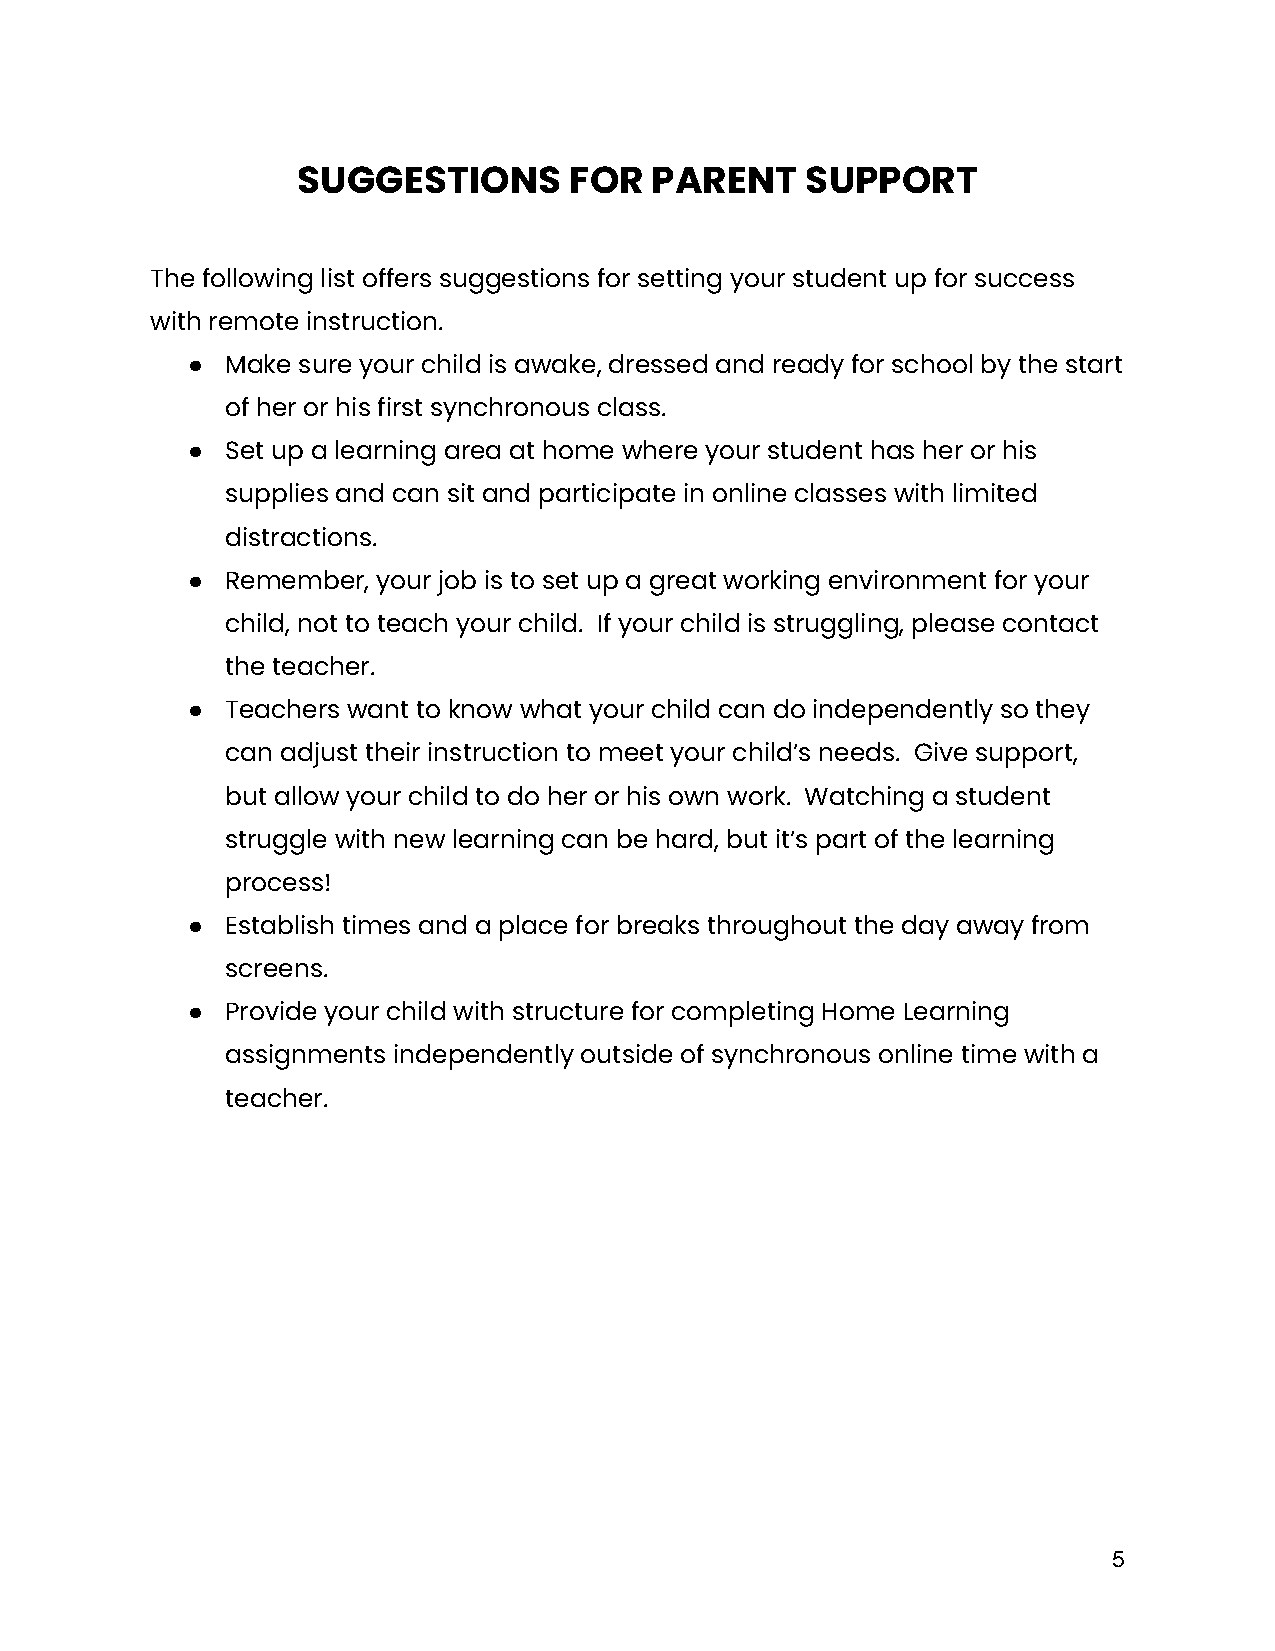
SUGGESTIONS       FOR  PARENT    SUPPORT
 The following list offers suggestions for setting your student up for success
 with remote instruction.
 ●  Make sure your child is awake, dressed and ready for school by the start
 of her or his first synchronous class.
 ●  Set up a learning area at home where your student has her or his
 supplies and can sit and participate in online classes with limited
 distractions.
 ●  Remember, your job is to set up a great working environment for your
 child, not to teach your child. If your child is struggling, please contact
 the teacher.
 ●  Teachers want to know what your child can do independently so they
 can adjust their instruction to meet your child’s needs. Give support,
 but allow your child to do her or his own work. Watching a student
 struggle with new learning can be hard, but it’s part of the learning
 process!
 ●  Establish times and a place for breaks throughout the day away from
 screens.
 ●  Provide your child with structure for completing Home Learning
 assignments independently outside of synchronous online time with a
 teacher.
 5